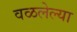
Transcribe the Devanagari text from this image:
वळलेल्या